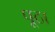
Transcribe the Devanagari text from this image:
पूठा